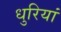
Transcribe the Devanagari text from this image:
धुरियां